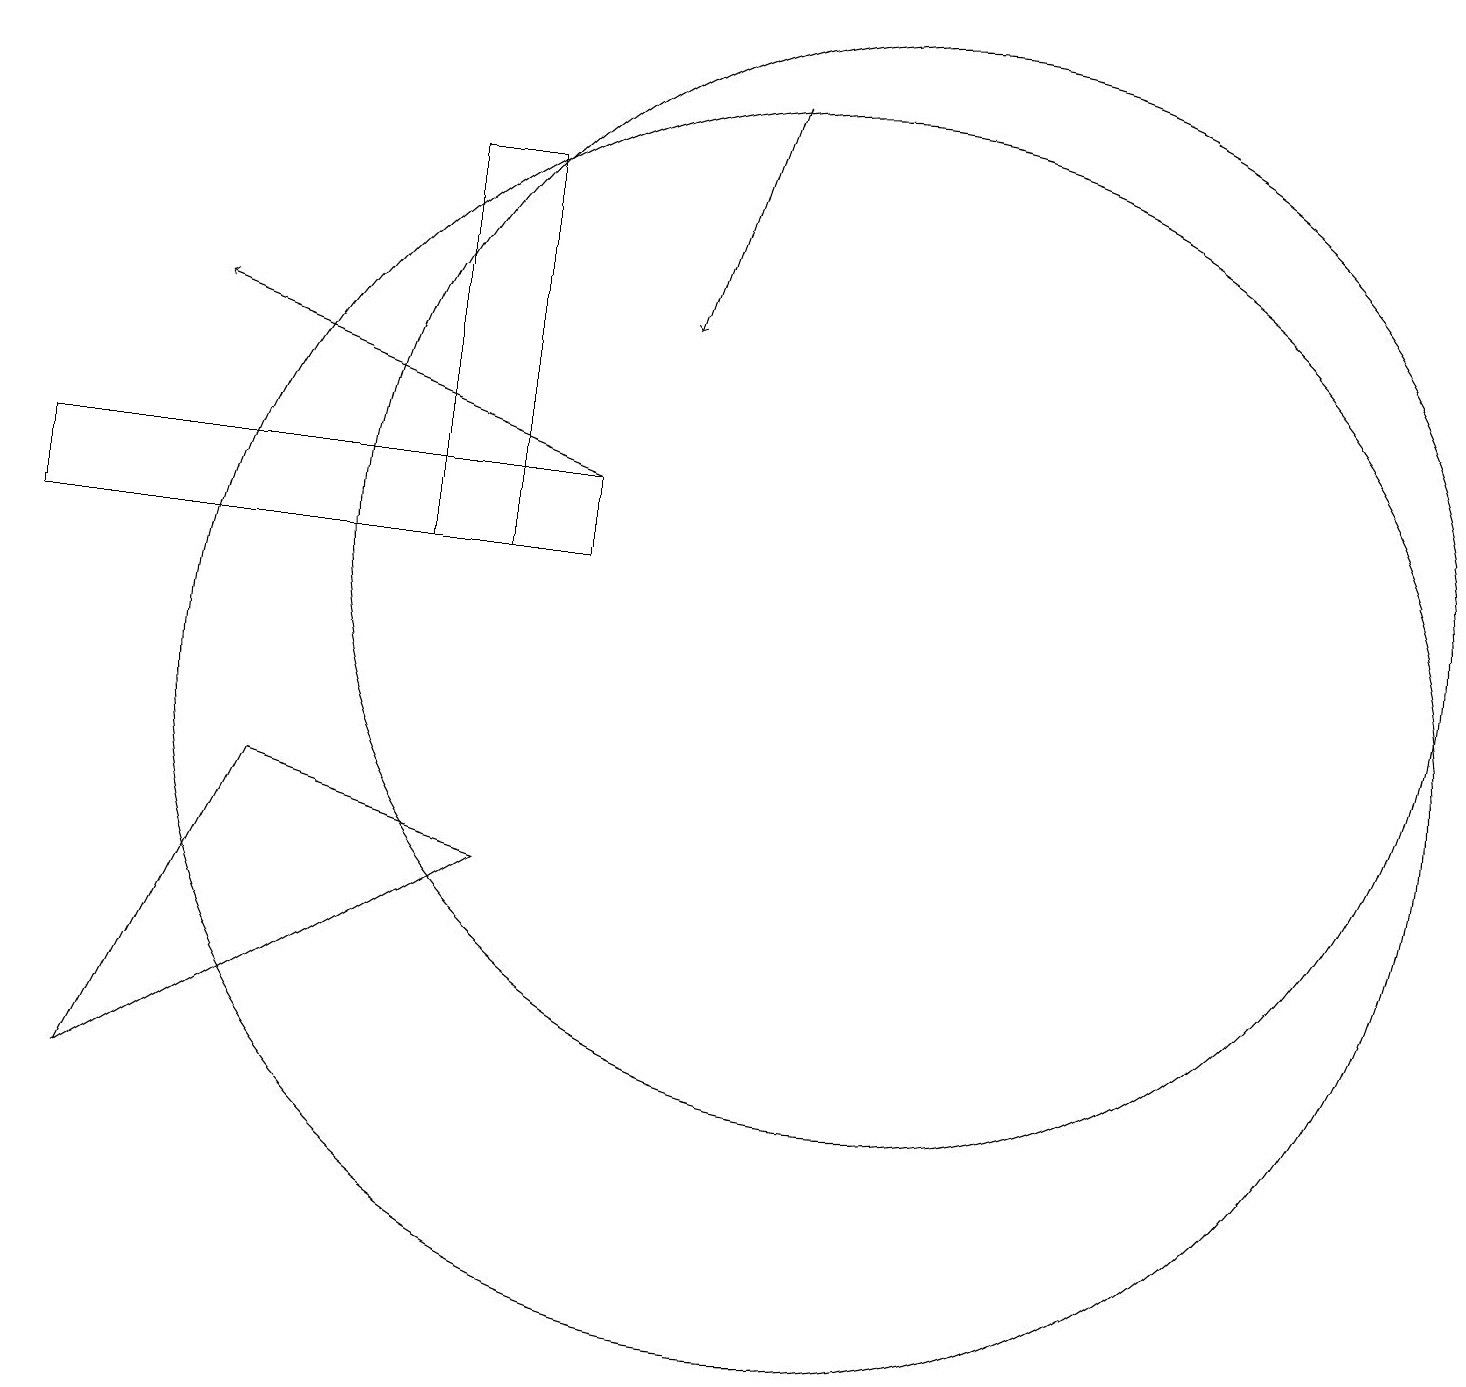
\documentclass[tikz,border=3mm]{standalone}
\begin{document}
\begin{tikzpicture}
\draw (1,5) -- (6,8) -- (3,9) -- cycle;
\draw[->] (9,18) -- (8,15);
\draw[->] (7,13) -- (2,15);
\draw (7,13) rectangle (0,12);
\draw (10,10) circle (8);
\draw (5,12) rectangle (6,17);
\draw (11,12) circle (7);
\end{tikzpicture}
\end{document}